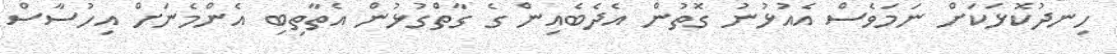
ހިނދުކޮޅަކަށް ނަމަވެސް އެއުޅުނު ގޮތުން އެދެބެއިން ގެ ގާތްގުޅުން އެތާތިބި އެންމެނަށް އިހުސާސް